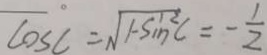
\cos C = \sqrt { 1 - \sin ^ { 2 } C } = - \frac { 1 } { 2 }